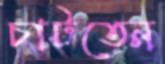
চাটতেন